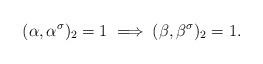
LaTeX: \begin{align*}(\alpha,\alpha^\sigma)_2=1 \implies (\beta, \beta^\sigma)_2 =1.\end{align*}